Vaccination Hyderabad 1872-1889 - 1872-1889
Year: 1872
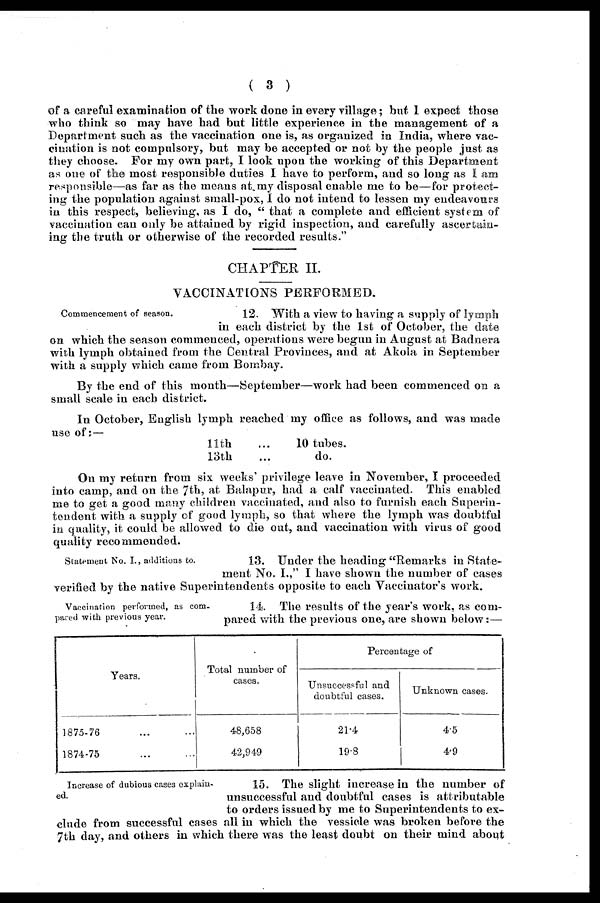
( 3 )
of a careful examination of the work done in every village; but I expect those
who think so may have had but little experience in the management of a
Department such as the vaccination one is, as organized in India, where vac-
cination is not compulsory, but may be accepted or not by the people just as
they choose. For my own part, I look upon the working of this Department
as one of the most responsible duties I have to perform, and so long as I am
responsible—as far as the means at.my disposal enable me to be—for protect-
ing the population against small-pox, I do not intend to lessen my endeavours
in this respect, believing, as I do, " that a complete and efficient system of
vaccination can only be attained by rigid inspection, and carefully ascertain-
ing the truth or otherwise of the recorded results."
CHAPTER II.
VACCINATIONS PERFORMED.
Commencement of season.
12. With a view to having a supply of lymph
in each district by the 1st of October, the date
on which the season commenced, operations were begun in August at Badnera
with lymph obtained from the Central Provinces, and at Akola in September
with a supply which came from Bombay.
By the end of this month—September—work had been commenced on a
small scale in each district.
In October, English lymph reached my office as follows, and was made
use of:—
11th ...
13th ...
10 tubes.
do.
On my return from six weeks' privilege leave in November, I proceeded
into camp, and on the 7th, at Balapur, had a calf vaccinated. This enabled
me to get a good many children vaccinated, and also to furnish each Superin-
tendent with a supply of good lymph, so that where the lymph was doubtful
in quality, it could be allowed to die out, and vaccination with virus of good
quality recommended.
Statement No. I., additions to.
13. Under the heading "Remarks in State-
ment No. I.," I have shown the number of cases
verified by the native Superintendents opposite to each Vaccinator's work.
Vaccination performed, as com-
pared with previous year.
14. The results of the year's work, as com-
pared with the previous one, are shown below:—
Years.
1875-76 ...
1874-75 ...
Total number of
cases.
48,658
42,949
Percentage of
Unsuccessful and
doubtful cases.
21.4
19.8
Unknown cases.
4.5
4.9
Increase of dubious cases explain-
ed.
15. The slight increase in the number of
unsuccessful and doubtful cases is attributable
to orders issued by me to Superintendents to ex-
clude from successful cases all in which the vessicle was broken before the
7th day, and others in which there was the least doubt on their mind about